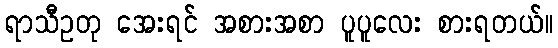
ရာသီဥတု အေးရင် အစားအစာ ပူပူလေး စားရတယ်။